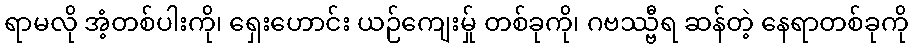
ရာမလို အံ့တစ်ပါးကို၊ ရှေးဟောင်း ယဉ်ကျေးမ်ှု တစ်ခုကို၊ ဂဗဿ္ဗီရ ဆန်တဲ့ နေရာတစ်ခုကို